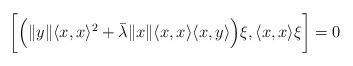
LaTeX: \begin{align*}\bigg[ \Big(\| y\| \langle x, x \rangle^2 + \bar{\lambda}\| x\| \langle x, x\rangle\langle x, y \rangle\Big)\xi ,\langle x, x \rangle\xi\bigg] = 0\end{align*}